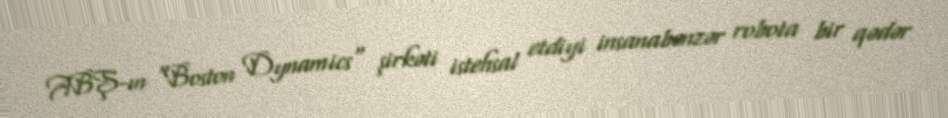
ABŞ-ın "Boston Dynamics" şirkəti istehsal etdiyi insanabənzər robota bir qədər